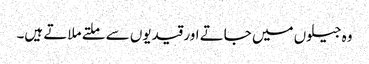
وہ جیلوں میں جاتے اور قیدیوں سے ملتے ملاتے ہیں۔